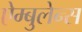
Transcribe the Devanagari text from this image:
ऐम्बुलेन्स